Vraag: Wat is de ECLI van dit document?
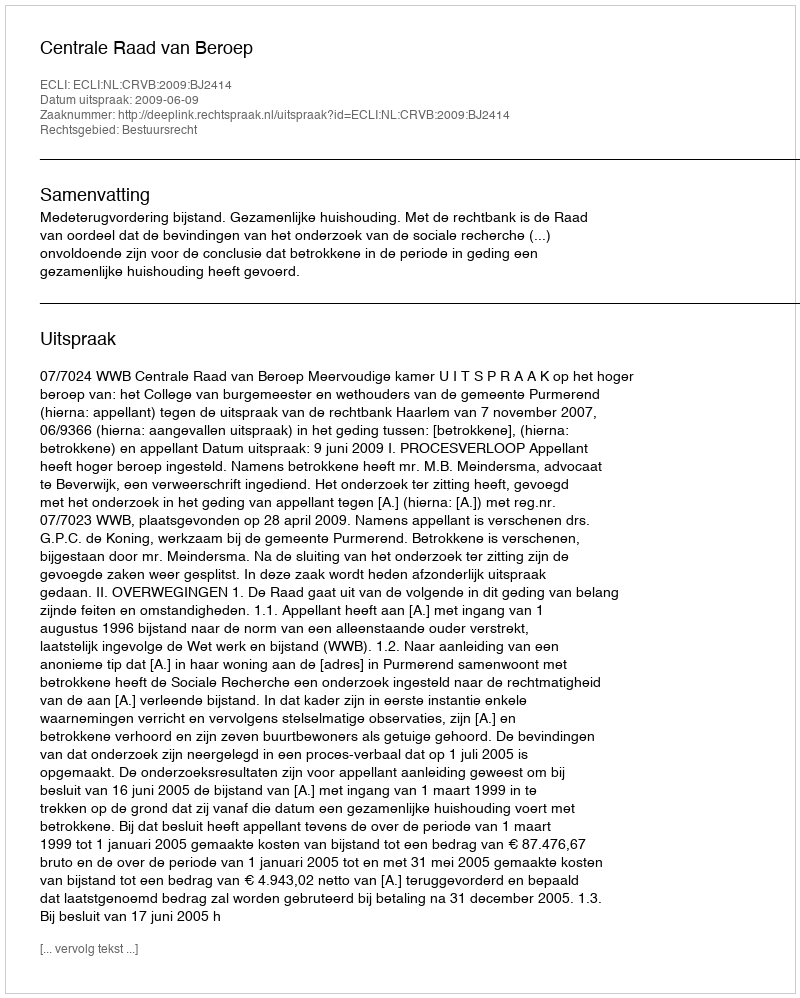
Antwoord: ECLI:NL:CRVB:2009:BJ2414